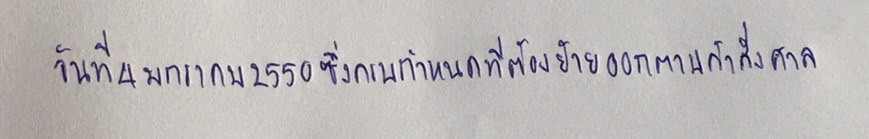
วันที่4มกราคม2550ซึ่งครบกำหนดที่ต้องย้ายออกตามคำสั่งศาล